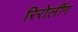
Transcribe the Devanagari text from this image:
रिरोलींग